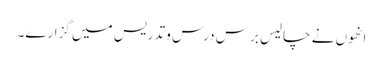
انھوں نے چالیس برس درس و تدریس میں گزارے۔